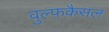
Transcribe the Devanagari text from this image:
वुल्फकैसल